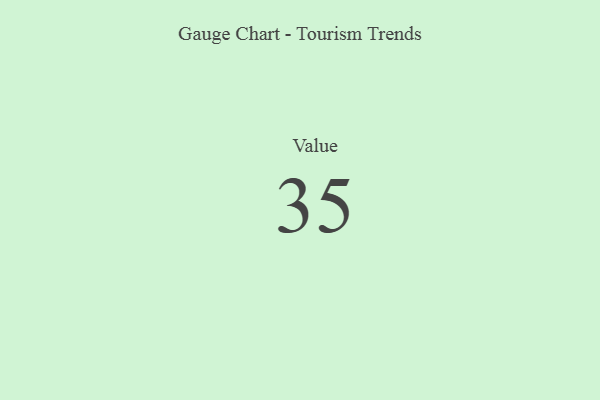
{"axis": {"x": "Metric", "y": "Value"}, "legend": [""], "data": [{"x": "Value", "y": 35, "type": ""}]}